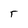
Character: r